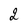
Character: 2